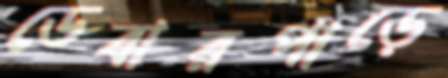
ডেবারপাড়ে